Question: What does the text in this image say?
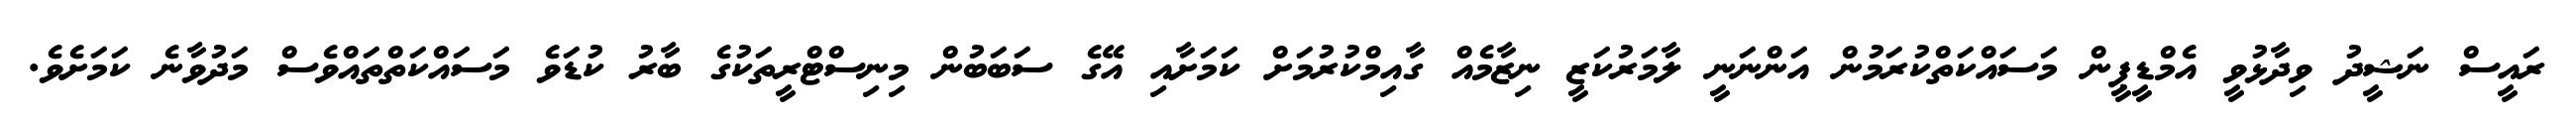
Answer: ރައީސް ނަޝީދު ވިދާޅުވީ އެމްޑީޕީން މަސައްކަތްކުރަމުން އަންނަނީ ލާމަރުކަޒީ ނިޒާމެއް ގާއިމްކުރުމަށް ކަމަށާއި އޭގެ ސަބަބުން މިނިސްޓްރީތަކުގެ ބާރު ކުޑަވެ މަސައްކަތްތައްވެސް މަދުވާނެ ކަމަށެވެ.